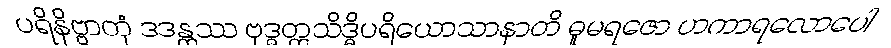
ပရိနိဗ္ဗာတုံ ဒဒန္တဿ ဗုဒ္ဓတ္တသိဒ္ဓိပရိယောသာနာတိ ဓူမရဇော ဟကာရလောပေါ